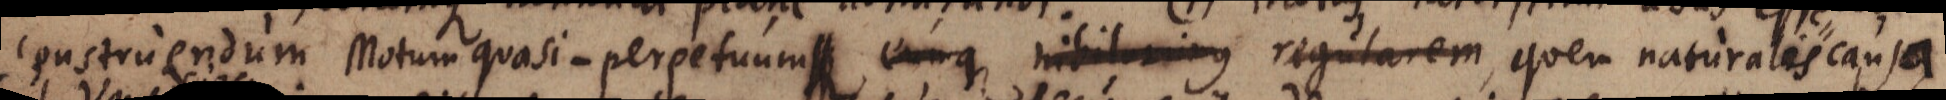
construendum Motum quasi-perpetuum eumque nihilominus regularem, quem naturalis causa